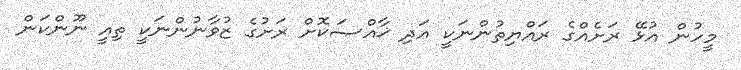
މީހުން އުޅޭ ރަށެއްގެ ރައްޔިތުންނަކީ އަދި ޚާއްޞަކޮށް ރަށުގެ ޒުވާނުންނަކީ ތިއީ ނޫންކަން